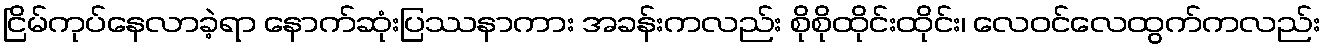
ငြိမ်ကုပ်နေလာခဲ့ရာ နောက်ဆုံးပြဿနာကား အခန်းကလည်း စိုစိုထိုင်းထိုင်း၊ လေဝင်လေထွက်ကလည်း